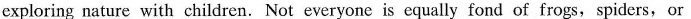
exploring nature with children. Not everyone is equally fond of frogs，spiders，or